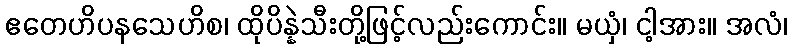
ဧတေဟိပနသေဟိစ၊ ထိုပိန္နဲသီးတို့ဖြင့်လည်းကောင်း။ မယှံ၊ ငါ့အား။ အလံ၊